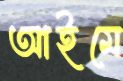
আইমে